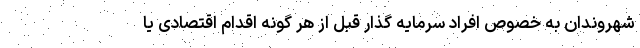
شهروندان به خصوص افراد سرمایه گذار قبل از هر گونه اقدام اقتصادی یا